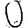
Digit: 0